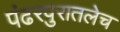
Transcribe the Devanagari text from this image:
पंढरपुरातलेच